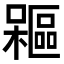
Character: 𣞃